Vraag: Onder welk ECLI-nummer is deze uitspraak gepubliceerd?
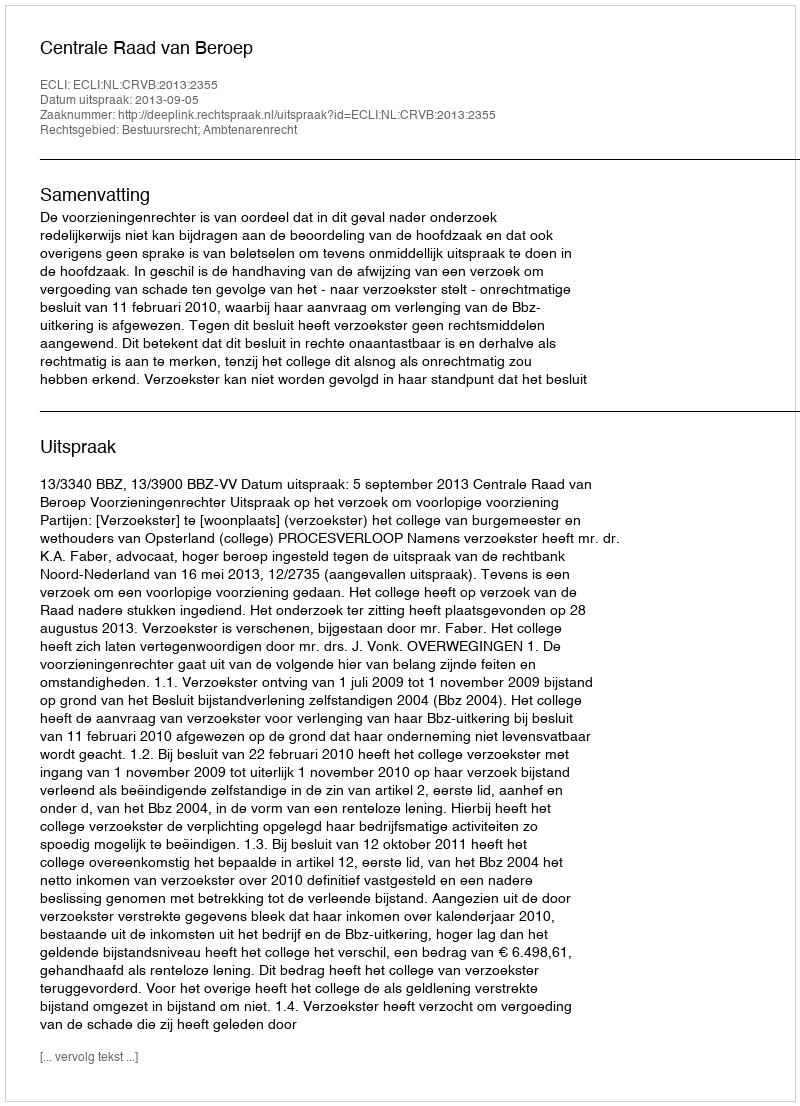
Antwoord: ECLI:NL:CRVB:2013:2355